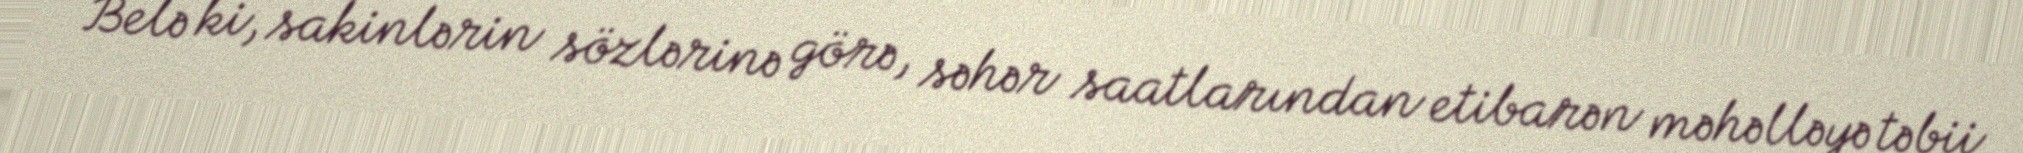
Belə ki, sakinlərin sözlərinə görə, səhər saatlarından etibarən məhəlləyə təbii